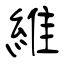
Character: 維